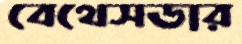
বেথেসডার